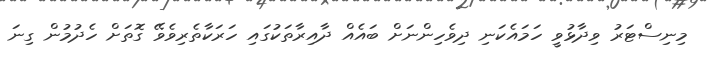
މިނިސްޓަރު ވިދާޅުވީ ހަމައެކަނި ދިވެހިންނަށް ބައެއް ދާއިރާތަކުގައި ހަރަކާތެރިވެވޭ ގޮތަށް ހެދުމުން ގިނަ